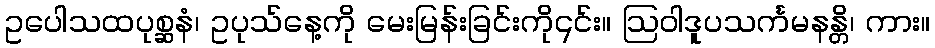
ဥပေါသထပုစ္ဆနံ၊ ဥပုသ်နေ့ကို မေးမြန်းခြင်းကို၎င်း။ ဩဝါဒူပသင်္ကမနန္တိ၊ ကား။